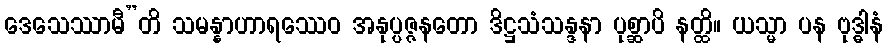
ဒေသေဿာမီ”တိ သမန္နာဟာရဿေဝ အနုပ္ပဇ္ဇနတော ဒိဋ္ဌသံသန္ဒနာ ပုစ္ဆာပိ နတ္ထိ။ ယသ္မာ ပန ဗုဒ္ဓါနံ